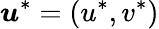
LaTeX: \boldsymbol{u}^{*}=(u^{*},v^{*})